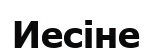
Иесіне